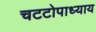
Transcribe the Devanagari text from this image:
चटटोपाध्याय